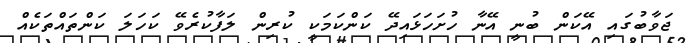
ޖަވާބުގައި އޭކަން ބުނީ އޭނާ ހުށަހަޅައިދޭ ކަންކަމަކީ ކުރިން ލަފާކުރެވޭ ކަހަލަ ކަންތައްތަކެއް